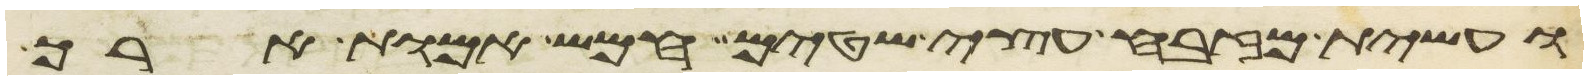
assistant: ועשית מזבח עצי שטים חמש אמות ארך